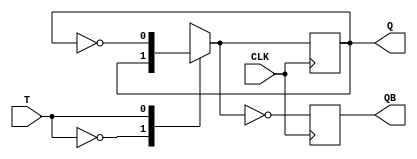
module T_FF(Q,QB,T,CLK);
input T,CLK;
output Q,QB;
reg Q=0,QB;
always @(posedge CLK)
begin
case(T)
1'b0:Q=Q;
1'b1:Q=~Q;
endcase
QB=~Q;
end
endmodule